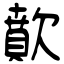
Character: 歕